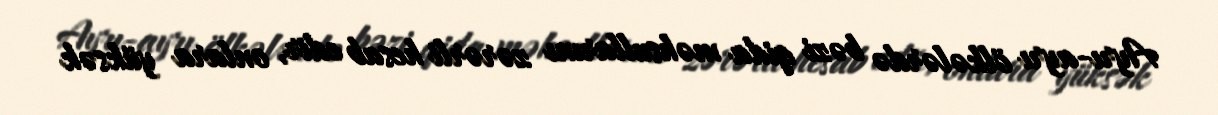
Ayrı-ayrı ölkələrdə bəzi qida məhsullarını zərərli hesab edir, onlara yüksək